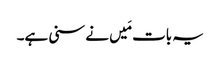
یہ بات مَیں نے سنی ہے۔